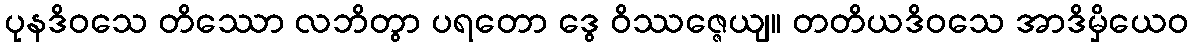
ပုနဒိဝသေ တိဿော လဘိတွာ ပရတော ဒွေ ဝိဿဇ္ဇေယျ။ တတိယဒိဝသေ အာဒိမှိယေဝ